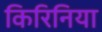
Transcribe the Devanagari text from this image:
किरिनिया